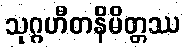
သုဂ္ဂဟီတနိမိတ္တဿ